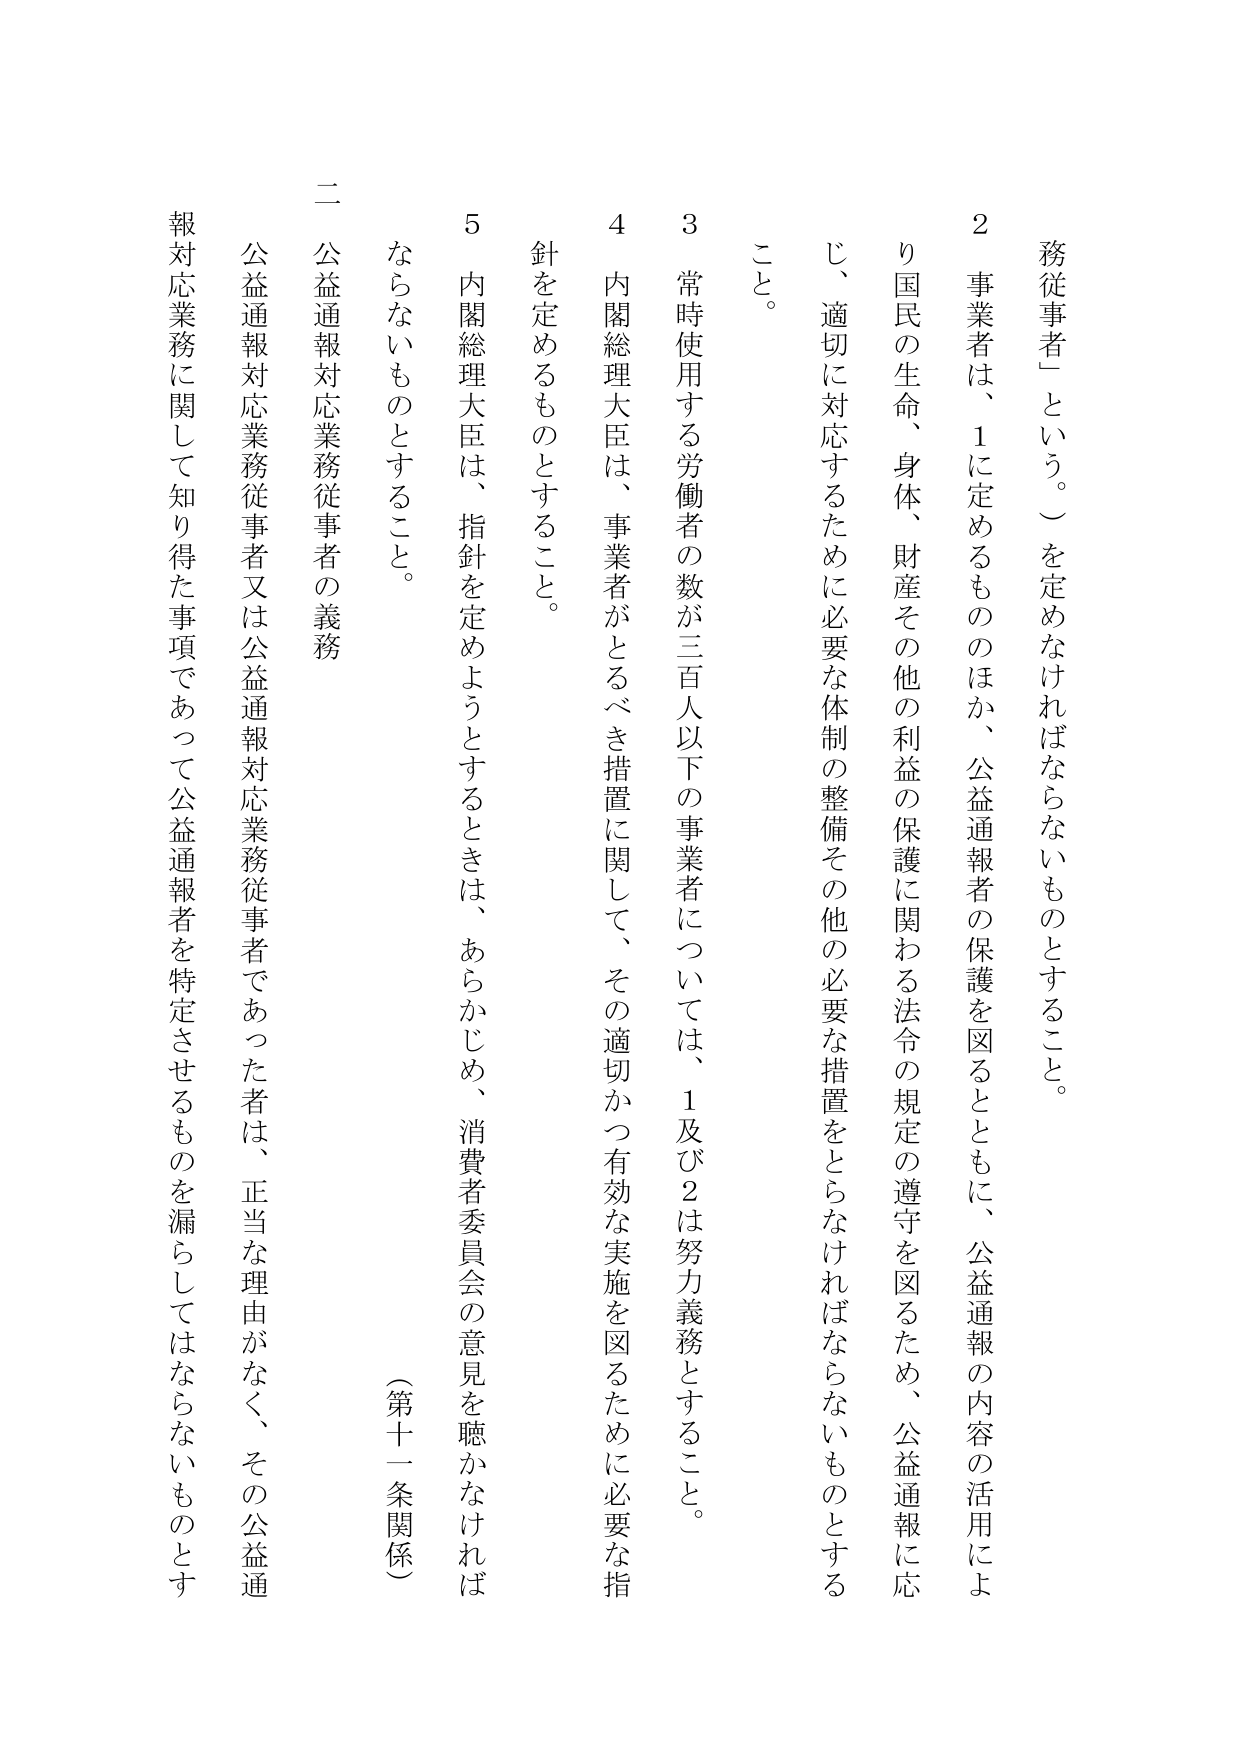
務従事者」という。）を定めなければならないものとするこ と。
２ 事業者は、１に定めるもののほか、公益通報者の保護を図るとともに、公益通報の内容の活用によ り国民の生命、身体、財産その他の利益の保護に関わる法令の規定の遵守を図るため、公益通報に応 じ、適切に対応するために必要な体制の整備その他の必要な措置をとらなければならないものとする こと。
３ 常時使用する労働者の数が三百人以下の事業者については、１及び２は努力義務とすること。
４ 内閣総理大臣は、事業者がとるべき措置に関して、その適切かつ有効な実施を図るために必要な指 針を定めるものとするこ と。
５ 内閣総理大臣は、指針を定めようとするときは、あらかじめ、消費者委員会の意見を聴かなければ ならないものとするこ と。
（第十一条関係）
二 公益通報対応業務従事者の義務
公益通報対応業務従事者又は公益通報対応業務従事者であった者は、正当な理由がなく、その公益通 報対応業務に関して知り得た事項であって公益通報者を特定させるものを漏らしてはならないものとす